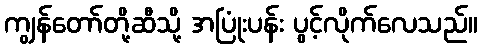
ကျွန်တော်တို့ဆီသို့ အပြုံးပန်း ပွင့်လိုက်လေသည်။